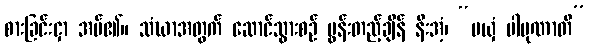
စားခြင်းငှာ အပ်၏။ သံဃာအတွက် ဆောင်သွားစဉ် မွန်းတည့်ချိန် နီးအံ့၊ “မယှံ ပါပုဏာတိ”